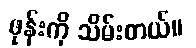
ဖုန်းကို သိမ်းတယ်။